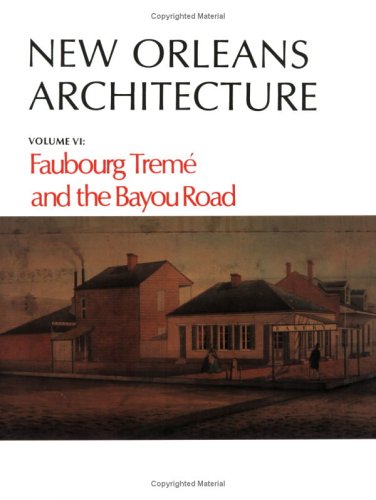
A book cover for New Orleans Architecture: Faubourg TremÃ© and the Bayou Road (New Orleans Architecture Series); Roulhac Toledano; Arts & Photography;